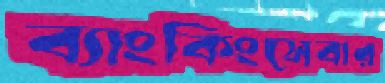
ব্যাংকিংসেবার